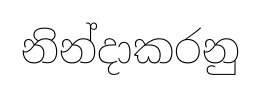
නින්දාකරනු